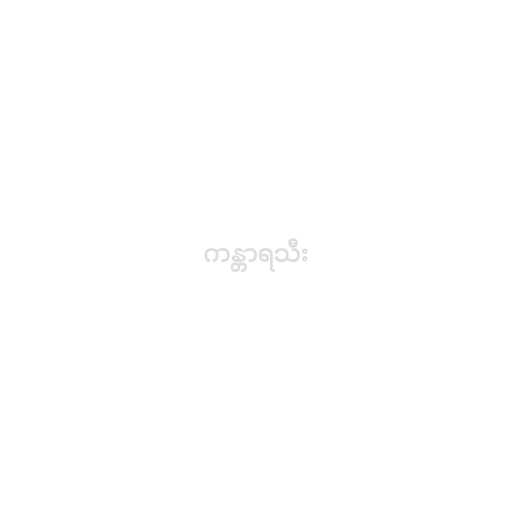
ကန္တာရသီး